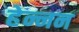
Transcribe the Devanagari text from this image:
हेन्नन